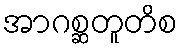
အာဂစ္ဆတူတိစ